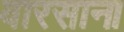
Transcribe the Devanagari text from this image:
वारसाना